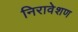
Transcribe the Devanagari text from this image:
निरावेशण